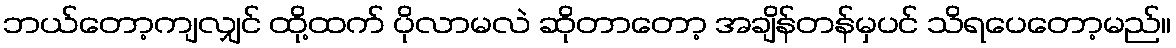
ဘယ်တော့ကျလျှင် ထို့ထက် ပိုလာမလဲ ဆိုတာတော့ အချိန်တန်မှပင် သိရပေတော့မည်။